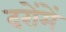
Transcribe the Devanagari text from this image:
दरोंमें